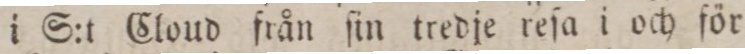
i G:t Cloud från ſin tredje reſa i och för